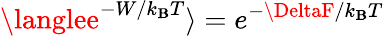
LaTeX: \langlee^{-W/k_{\mathbf{B}}T}\rangle=e^{-\DeltaF/k_{\mathbf{B}}T}